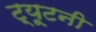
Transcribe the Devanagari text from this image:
ट्यूटनी